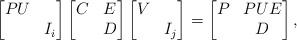
LaTeX: \begin{align*}\left[\begin{matrix} PU & \\ & I_i \end{matrix}\right]\left[\begin{matrix} C & E\\ & D \end{matrix}\right]\left[\begin{matrix} V & \\ & I_j \end{matrix}\right]=\left[\begin{matrix} P & PUE\\ & D \end{matrix}\right],\end{align*}